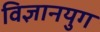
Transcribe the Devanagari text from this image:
विज्ञानयुग